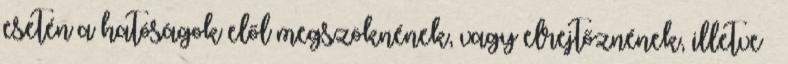
esetén a hatóságok elől megszöknének, vagy elrejtőznének, illetve –